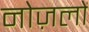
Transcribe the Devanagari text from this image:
नोज़लों